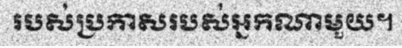
របស់ប្រកាសរបស់អ្នកណាមួយ។